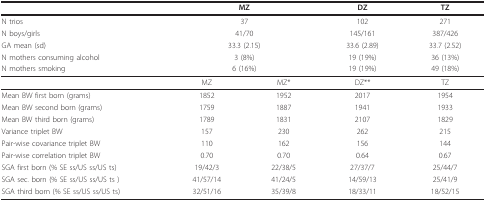
<table><thead><tr><td></td><td colspan="2"><b>MZ</b></td><td><b>DZ</b></td><td><b>TZ</b></td></tr></thead><tbody><tr><td>N trios</td><td colspan="2">37</td><td>102</td><td>271</td></tr><tr><td>N boys/girls</td><td colspan="2">41/70</td><td>145/161</td><td>387/426</td></tr><tr><td>GA mean (sd)</td><td colspan="2">33.3 (2.15)</td><td>33.6 (2.89)</td><td>33.7 (2.52)</td></tr><tr><td>N mothers consuming alcohol</td><td colspan="2">3 (8%)</td><td>19 (19%)</td><td>36 (13%)</td></tr><tr><td>N mothers smoking</td><td colspan="2">6 (16%)</td><td>19 (19%)</td><td>49 (18%)</td></tr><tr><td></td><td>MZ</td><td>MZ*</td><td>DZ**</td><td>TZ</td></tr><tr><td>Mean BW first born (grams)</td><td>1852</td><td>1952</td><td>2017</td><td>1954</td></tr><tr><td>Mean BW second born (grams)</td><td>1759</td><td>1887</td><td>1941</td><td>1933</td></tr><tr><td>Mean BW third born (grams)</td><td>1789</td><td>1831</td><td>2107</td><td>1829</td></tr><tr><td>Variance triplet BW</td><td>157</td><td>230</td><td>262</td><td>215</td></tr><tr><td>Pair-wise covariance triplet BW</td><td>110</td><td>162</td><td>156</td><td>144</td></tr><tr><td>Pair-wise correlation triplet BW</td><td>0.70</td><td>0.70</td><td>0.64</td><td>0.67</td></tr><tr><td>SGA first born (% SE ss/US ss/US ts)</td><td>19/42/3</td><td>22/38/5</td><td>27/37/7</td><td>25/44/7</td></tr><tr><td>SGA sec. born (% SE ss/US ss/US ts )</td><td>41/57/14</td><td>41/24/5</td><td>14/59/13</td><td>25/41/9</td></tr><tr><td>SGA third born (% SE ss/US ss/US ts)</td><td>32/51/16</td><td>35/39/8</td><td>18/33/11</td><td>18/52/15</td></tr></tbody></table>